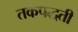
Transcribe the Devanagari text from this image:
तर्कपद्धती